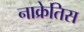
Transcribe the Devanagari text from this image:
नाक्रेतिस